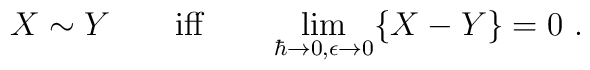
X \sim Y \qquad\mbox{iff} \qquad \lim_{\hbar \to 0, \epsilon \to 0} \{X-Y\}=0~.